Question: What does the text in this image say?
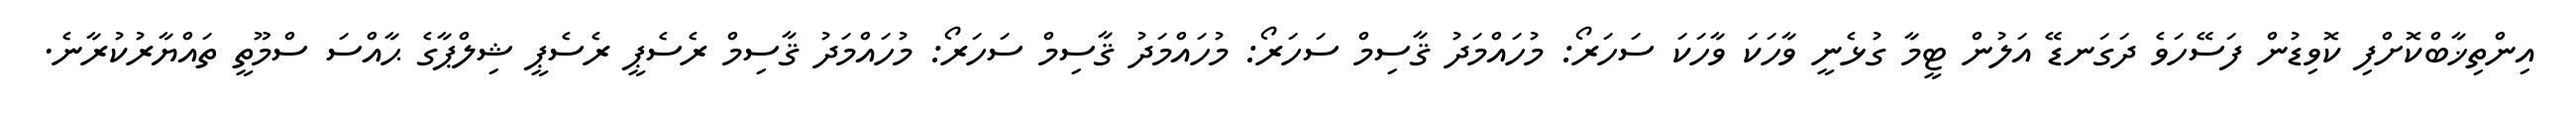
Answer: އިންތިޚާބްކޮށްފި ކޮވިޑުން ފަސޭހަވެ ދަގަނޑޭ އަލުން ޓީމާ ގުޅެނީ ވާހަކަ ވާހަކަ ސަހަރޯ: މުހައްމަދު ޤާސިމް ސަހަރޯ: މުހައްމަދު ޤާސިމް ސަހަރޯ: މުހައްމަދު ޤާސިމް ރެސެޕީ ރެސެޕީ ޝިލްޕާގެ ޙާއްސަ ސްމޫތީ ތައްޔާރުކުރާނެ.